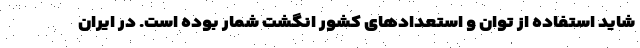
شاید استفاده از توان و استعدادهای کشور انگشت شمار بوده است. در ایران